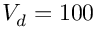
V _ { d } = 1 0 0